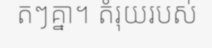
តៗគ្នា។ តំរុយរបស់